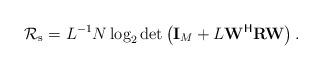
LaTeX: \begin{align*}{\mathcal{R}}_{\rm{s}}=L^{-1}N\log_2\det\left({\mathbf{I}}_M+L{\mathbf{W}}^{\mathsf{H}}{\mathbf{R}}{\mathbf{W}}\right).\end{align*}